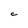
Character: C